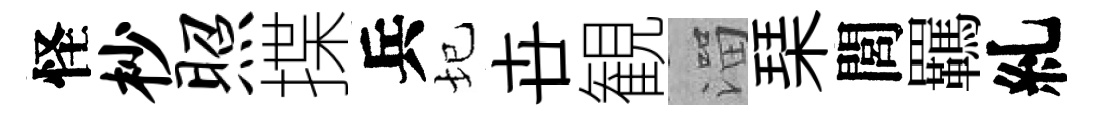
怪杪照揲兵圮卋観溜琹閭羈糺